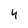
Character: 4